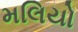
મલિયો